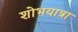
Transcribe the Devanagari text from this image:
शोभयात्रा